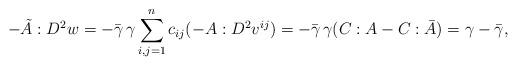
LaTeX: \begin{align*}-\tilde{A}:D^2 w = -\bar{\gamma}\, \gamma \sum_{i,j=1}^n c_{ij} (-A:D^2 v^{ij}) = -\bar{\gamma}\, \gamma (C:A-C:\bar{A}) = \gamma - \bar{\gamma},\end{align*}